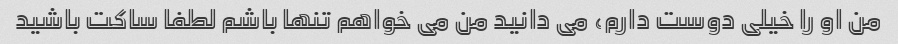
من او را خیلی دوست دارم، می دانید من می خواهم تنها باشم لطفا ساکت باشید